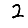
Digit: 2